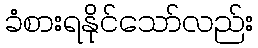
ခံစားရနိုင်သော်လည်း